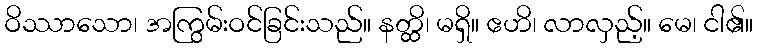
ဝိဿာသော၊ အကြွမ်းဝင်ခြင်းသည်။ နတ္ထိ၊ မရှိ။ ဧဟိ၊ လာလှည့်။ မေ၊ ငါ၏။